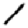
Digit: 1